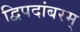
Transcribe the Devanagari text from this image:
द्विपदांबरम्